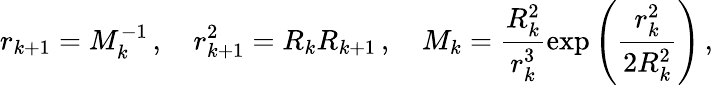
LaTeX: r_{k+1}=M_{k}^{-1}\, ,\quad r_{k+1}^{2}=R_{k}R_{k+1}\, ,\quad M_{k}=\frac{R_{k}^{2}}{r_{k}^{3}}\exp\left(\frac{r_{k}^{2}}{2R_{k}^{2}}\right)\, ,